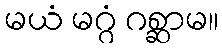
မယံ မဂ္ဂံ ဂစ္ဆာမ။